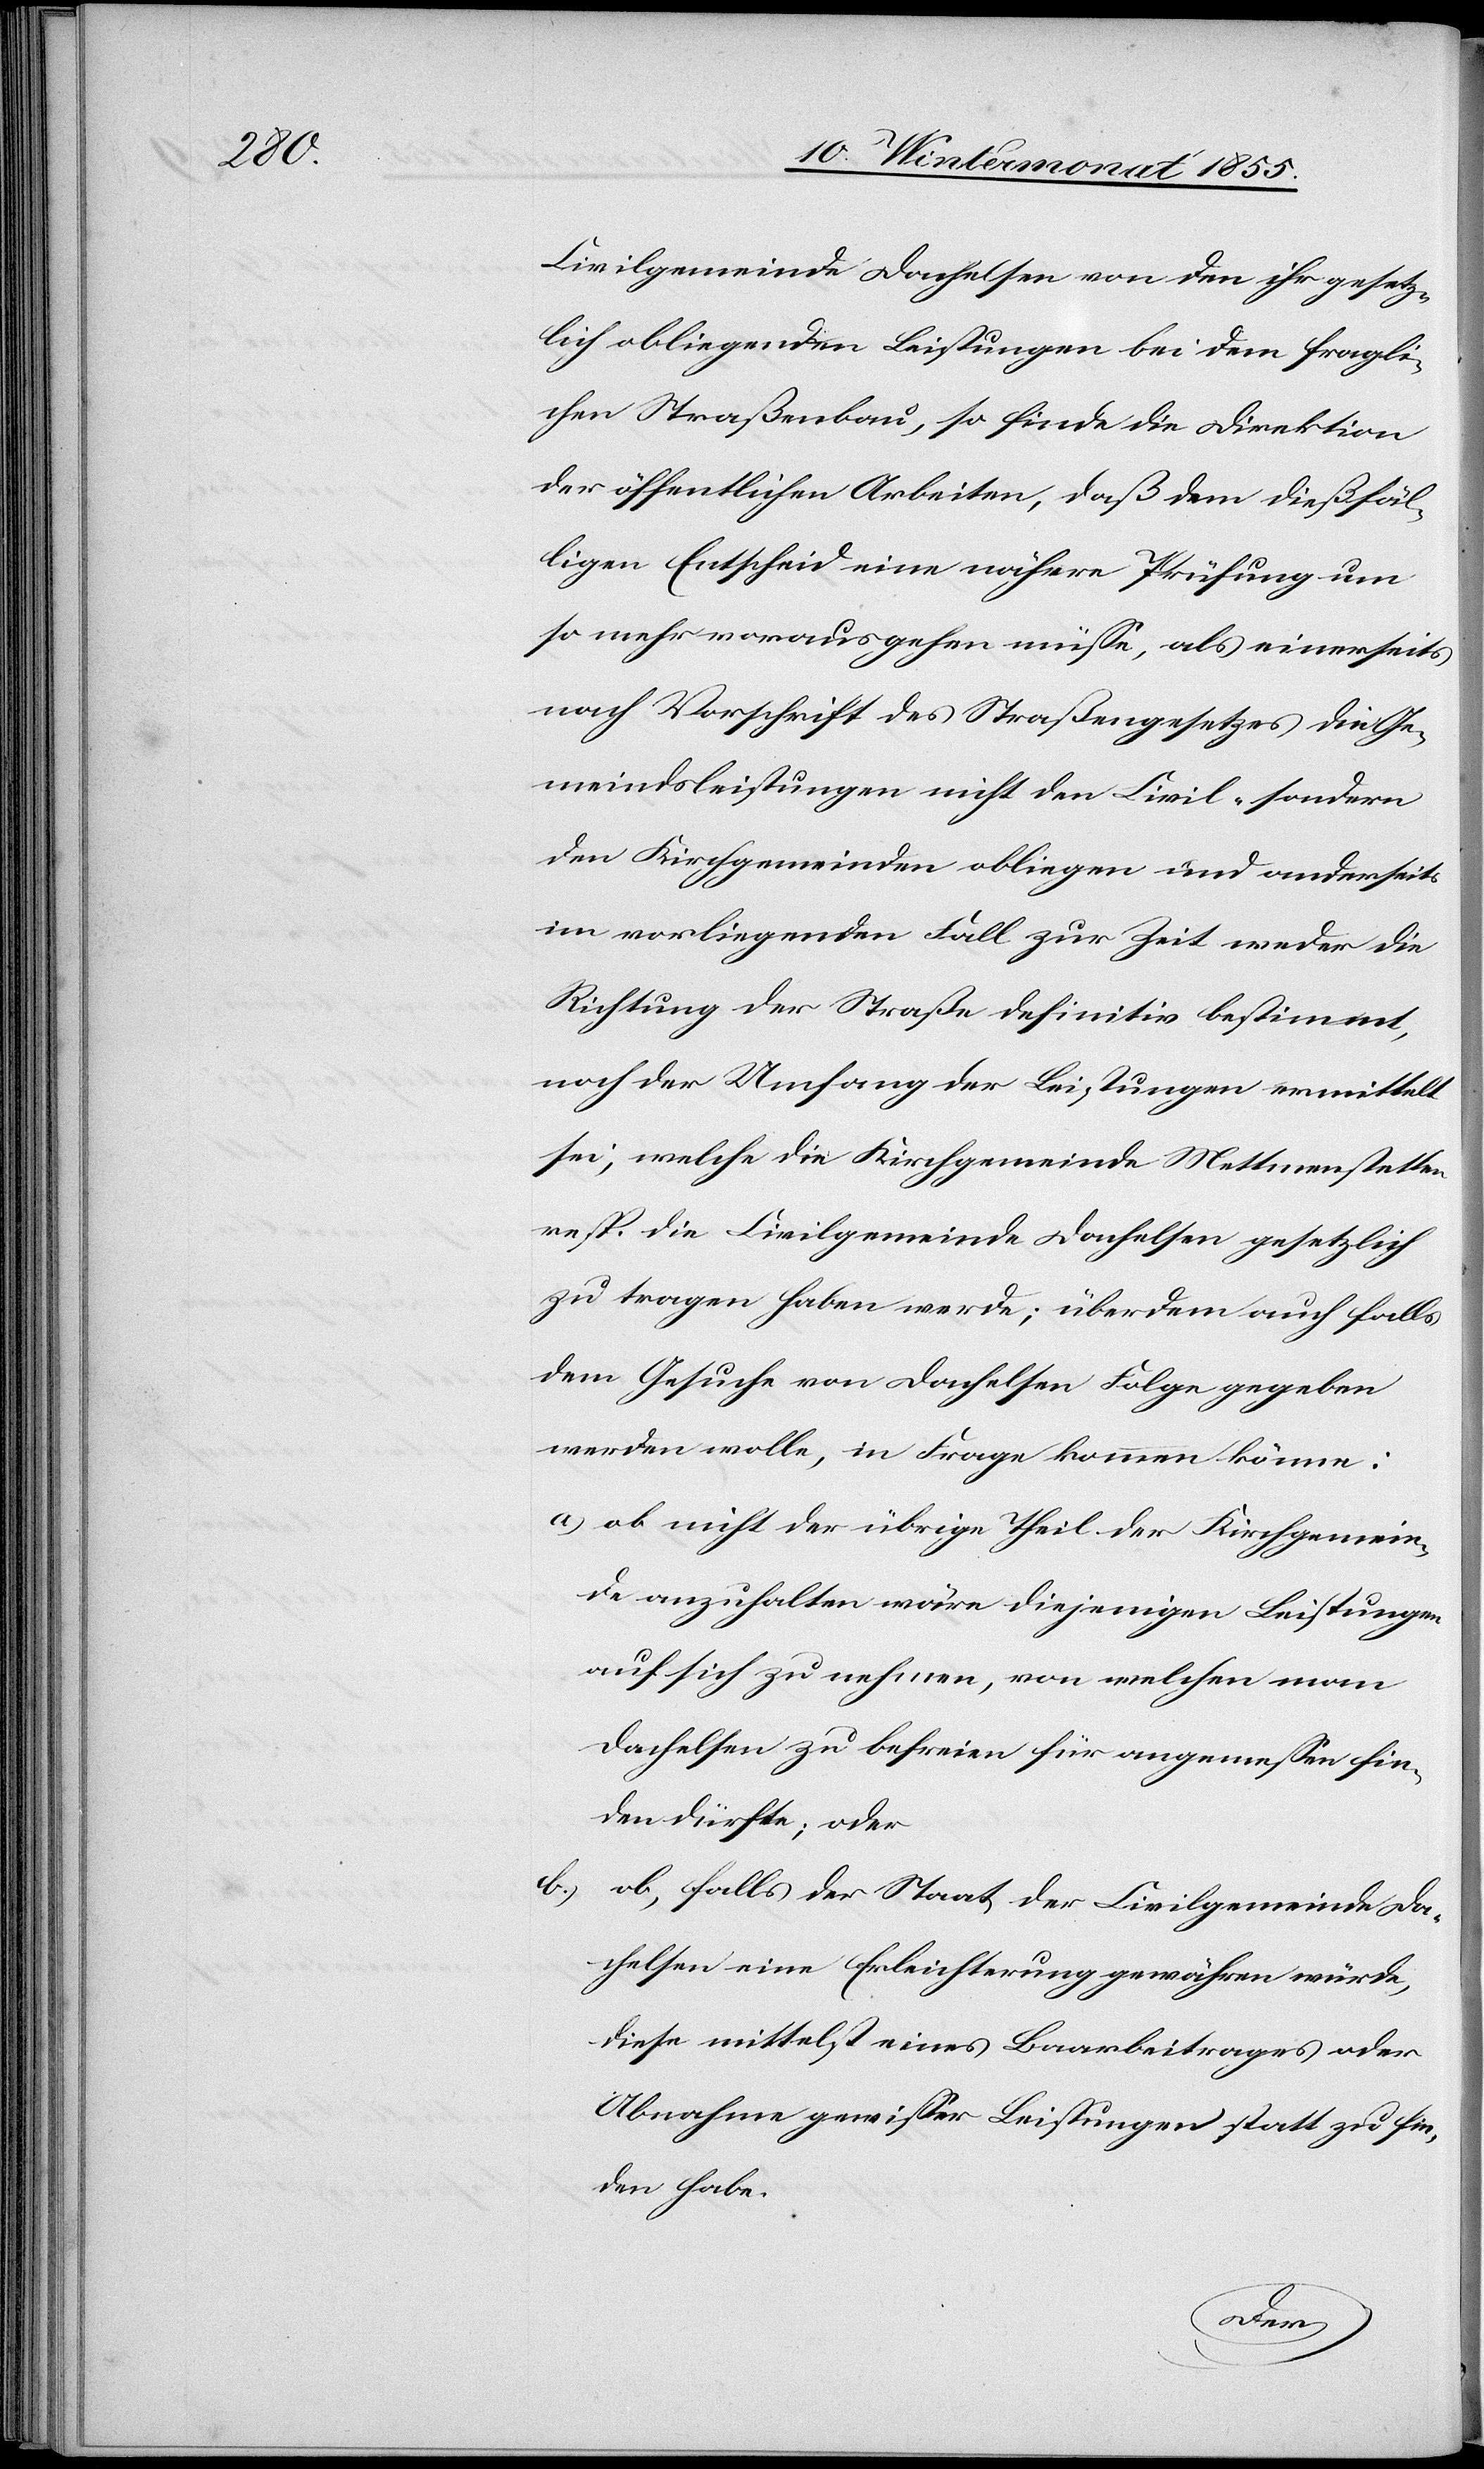
Civilgemeinde Dachelsen von den ihr gesetz¬
lich obliegenden Leistungen bei dem fragli¬
chen Straßenbau, so finde die Direktion
der öffentlichen Arbeiten, daß dem dießfäl¬
ligen Entscheid eine nähere Prüfung um
so mehr vorausgehen müsse, als einerseits
nach Vorschrift des Straßengesetzes die Ge¬
meindsleistungen nicht den Civil- sondern
den Kirchgemeinden obliegen und anderseits
im vorliegenden Fall zur Zeit weder die
Richtung der Straße definitiv bestimmt,
noch der Umfang der Leistungen ermittelt
sei, welche die Kirchgemeinde Mettmenstetten
resp. die Civilgemeinde Dachelsen gesetzlich
zu tragen haben werde; überdem auch falls
dem Gesuche von Dachelsen Folge gegeben
werden wolle, in Frage kommen könne:
ob nicht der übrige Theil der Kirchgemein¬
de anzuhalten wäre diejenigen Leistungen
auf sich zu nehmen, von welchen man
Dachelsen zu befreien für angemessen fin¬
den dürfte; oder
ob, falls der Staat der Civilgemeinde Da¬
chelsen eine Erleichterung gewähren würde,
diese mittelst eines Baarbeitrages oder
Abnahme gewisser Leistungen statt zu fin¬
den habe.